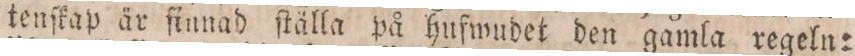
tenſkap är ſinnad ſtälla på hufwudet den gamla regeln=